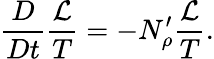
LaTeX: \frac{D}{Dt}\frac{\mathcal{L}}{T}=-N_{\rho}^{\prime}\frac{\mathcal{L}}{T}.